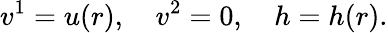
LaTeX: v^{1}=u(r),\quad v^{2}=0,\quad h=h(r).